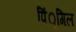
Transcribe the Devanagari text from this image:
पिं्रगिल